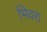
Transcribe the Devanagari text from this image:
भिवरा